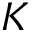
K